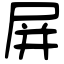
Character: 屏